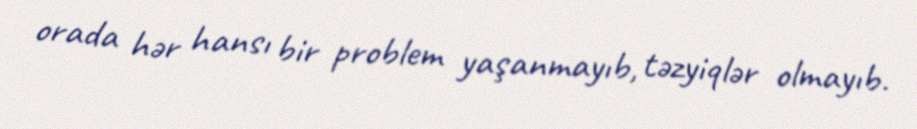
orada hər hansı bir problem yaşanmayıb, təzyiqlər olmayıb.